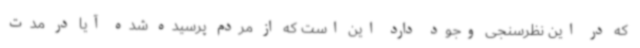
که در این نظرسنجی وجود دارد این است که از مردم پرسیده شده آیا در مدت